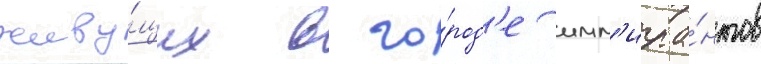
живу́щих в го́род'е имм'игра́нтов